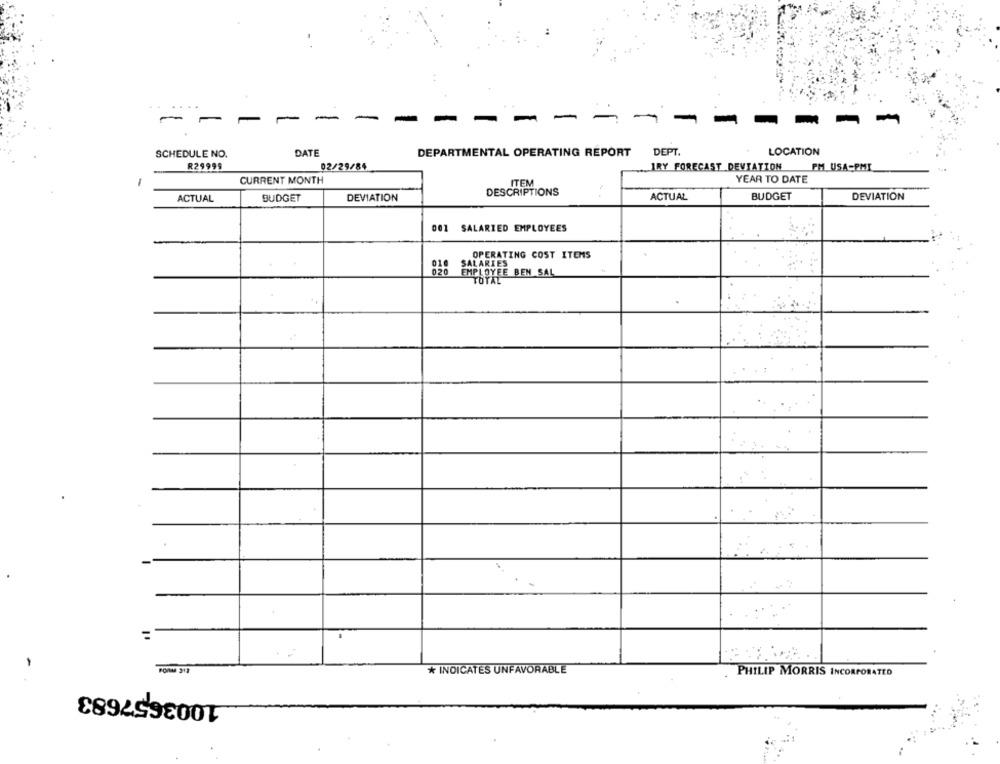
-
-
-
-
SCHEDULE NO.
DATE
DEPARTMENTAL OPERATING REPORT
DEPT.
LOCATION
R29999
02/29/84
IRY FORECAST DEVIATION
PM USA-PMI
1
CURRENT MONTH
ITEM
YEAR TO DATE
DESCRIPTIONS
ACTUAL
BUDGET
DEVIATION
ACTUAL
BUDGET
DEVIATION
001 SALARIED EMPLOYEES
OPERATING COST ITEMS
010 SALARIES
020 EMPLOYEE BEN SAL
TOTAL
=
FORM 212
* INDICATES UNFAVORABLE
PHILIP MORRIS INCORPORATED
1003657683